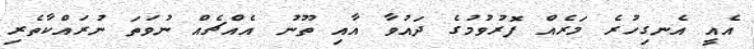
އެއީ އެނގިހުރެ މަރެއް ފޮރުވުމުގެ ދައުވާ އާއި ތޫނު އެއްޗެއް ނުވަތަ ނުރައްކާތެރި